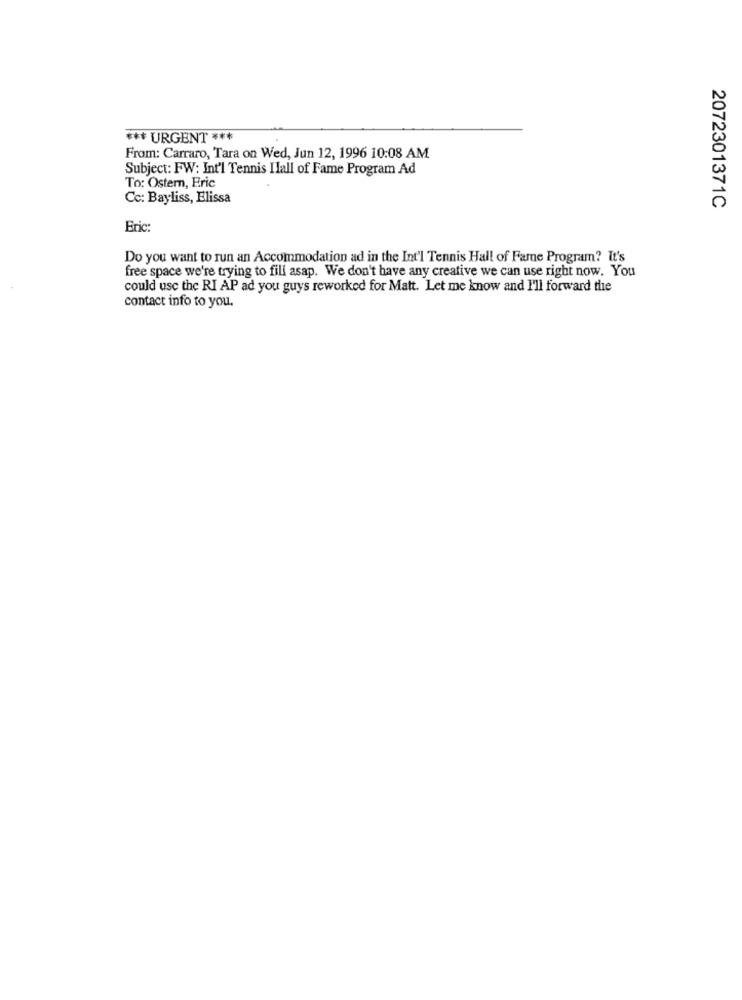
*** URGENT ***
From: Carraro, Tara on Wed, Jun 12, 1996 10:08 AM
Subject: FW: Int'l Tennis Ilall of Fame Program Ad
To: Ostern, Eric
Cc: Bayliss, Elissa
2072301371C
Eric:
Do you want to run an Accommodation ad in the Int'l Tennis Hall of Fame Program? It's
free space we're trying to fill asap. We don't have any creative we can use right now. You
could use the RI AP ad you guys reworked for Matt. Let me know and I'll forward the
contact info to you.